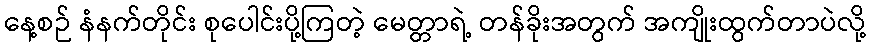
နေ့စဉ် နံနက်တိုင်း စုပေါင်းပို့ကြတဲ့ မေတ္တာရဲ့ တန်ခိုးအတွက် အကျိုးထွက်တာပဲလို့